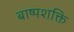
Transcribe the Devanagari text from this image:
बाष्पशक्ति